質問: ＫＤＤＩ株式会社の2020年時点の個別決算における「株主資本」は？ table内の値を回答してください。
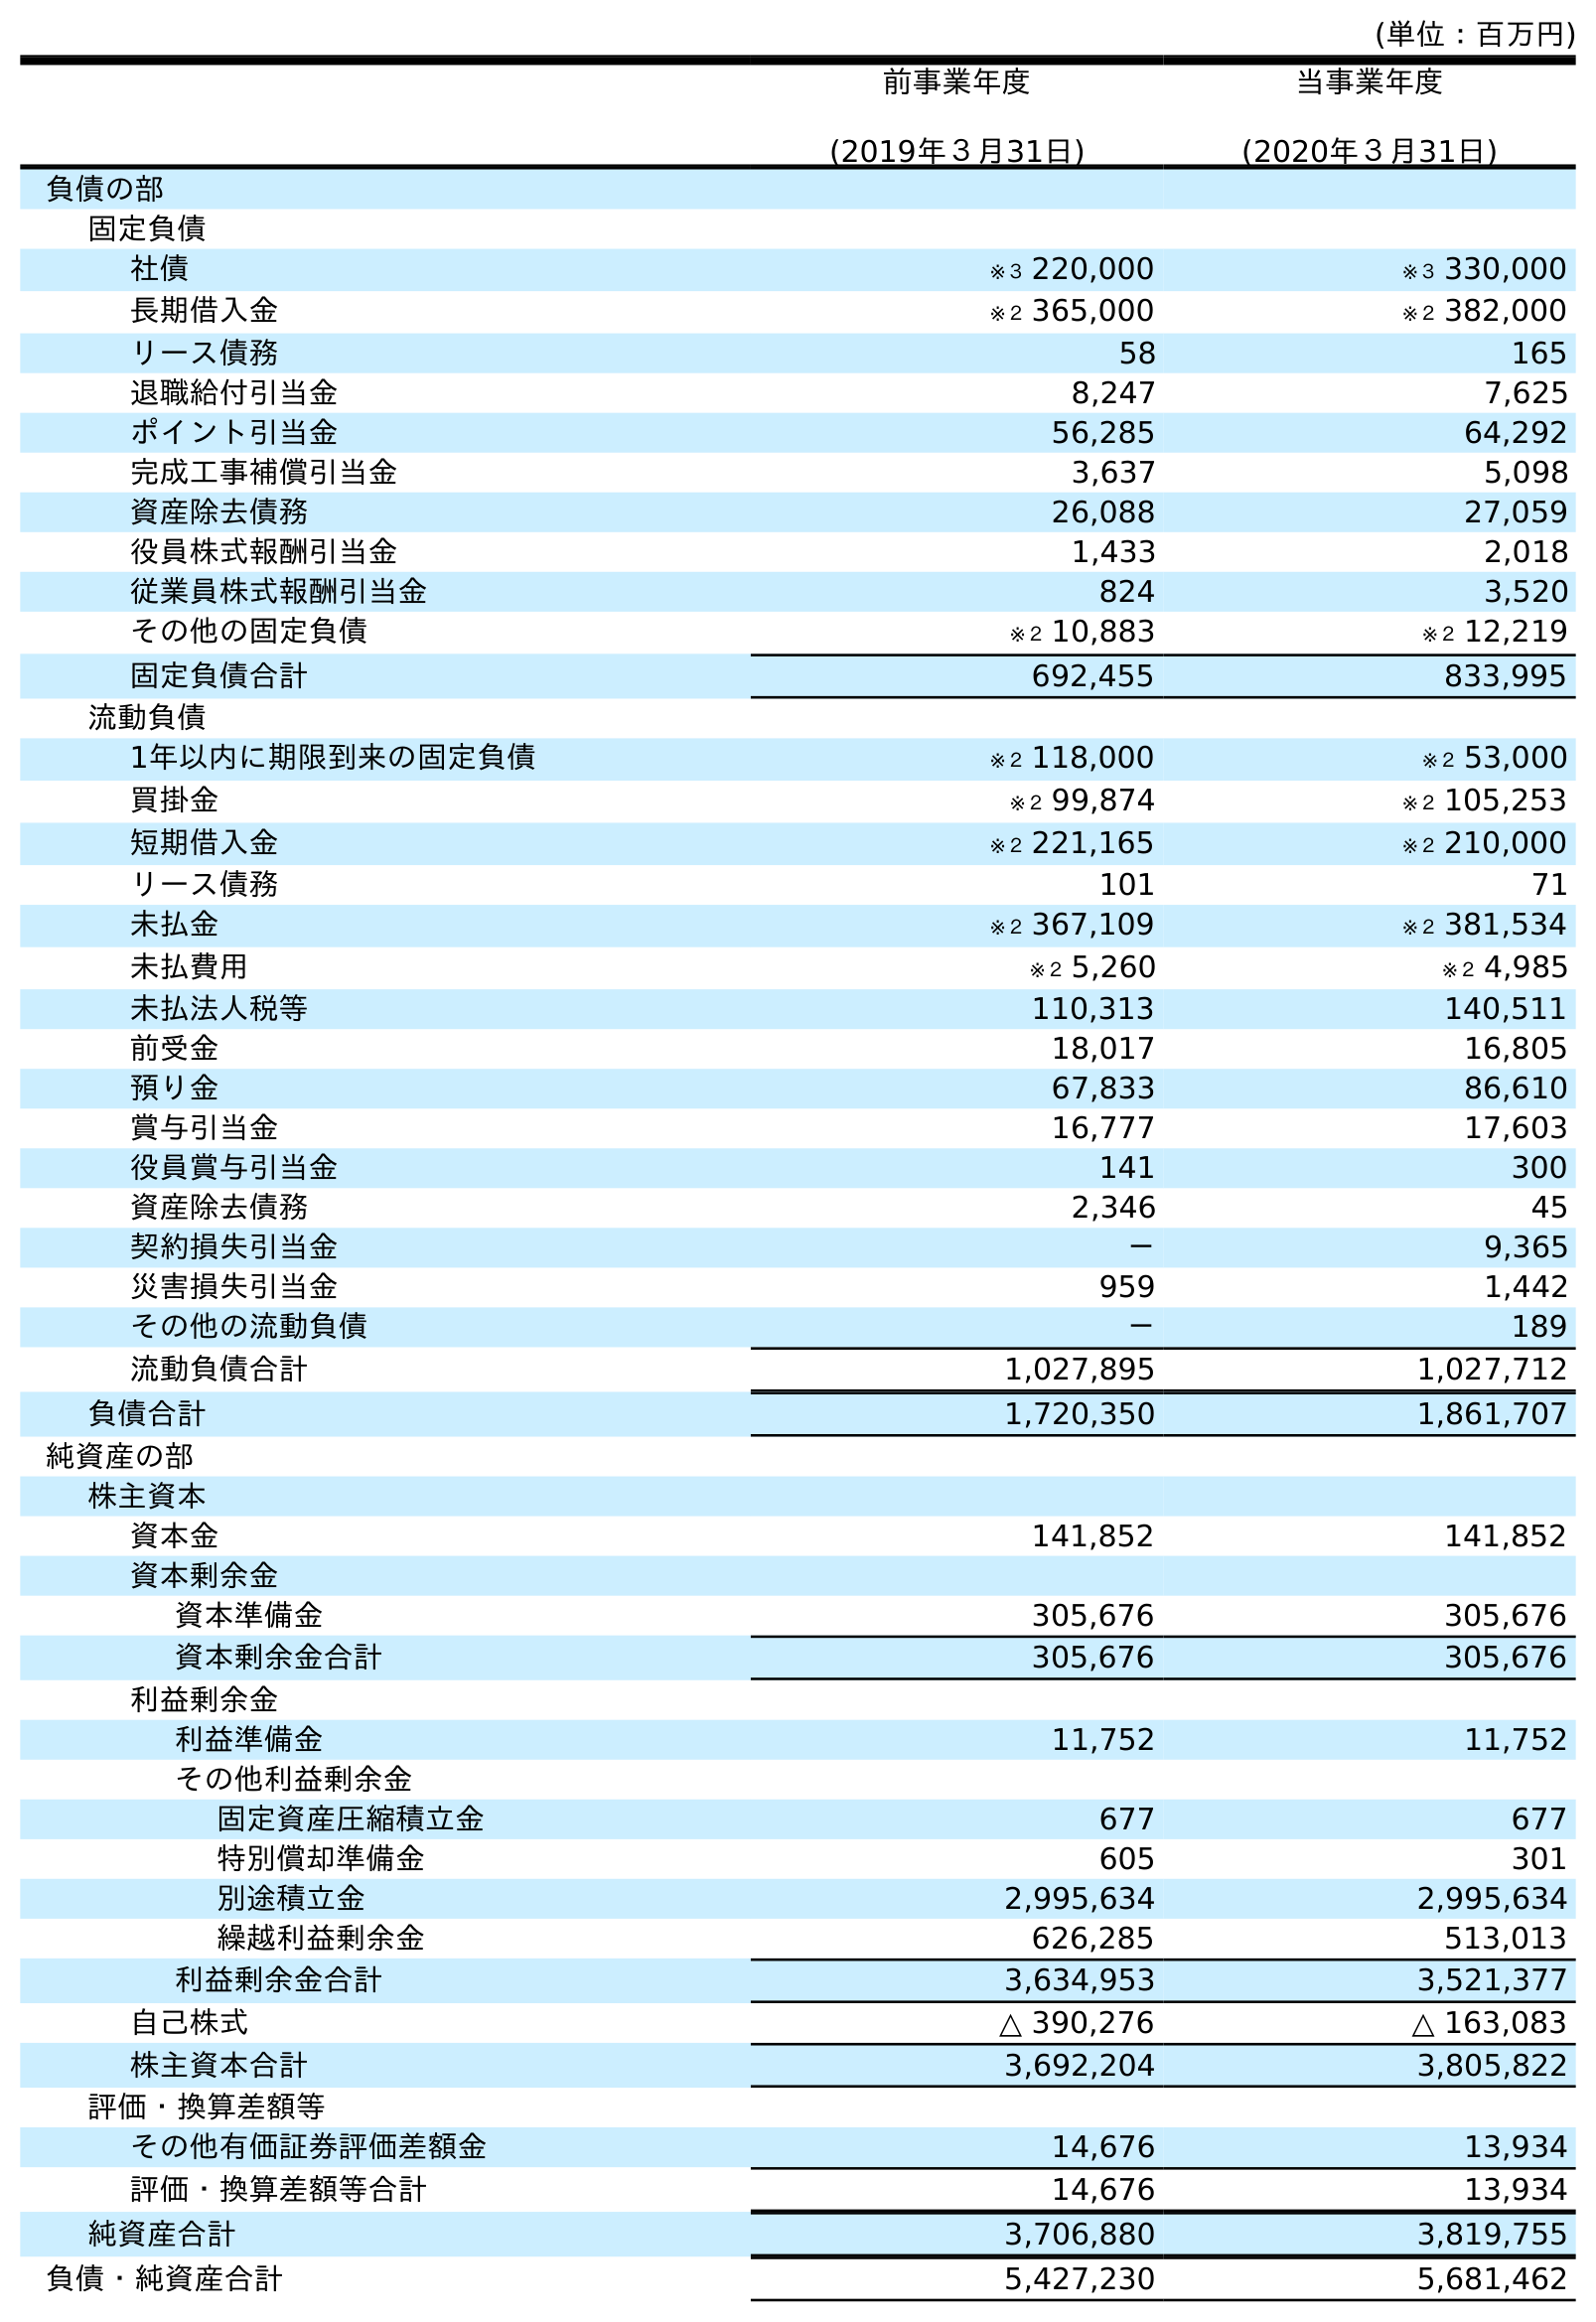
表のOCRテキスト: (単位：百万円) 前事業年度 (2019年３月31日) 当事業年度 (2020年３月31日) 負債の部 固定負債 社債 ※３ 220,000 ※３ 330,000 長期借入金 ※２ 365,000 ※２ 382,000 リース債務 58 165 退職給付引当金 8,247 7,625 ポイント引当金 56,285 64,292 完成工事補償引当金 3,637 5,098 資産除去債務 26,088 27,059 役員株式報酬引当金 1,433 2,018 従業員株式報酬引当金 824 3,520 その他の固定負債 ※２ 10,883 ※２ 12,219 固定負債合計 692,455 833,995 流動負債 1年以内に期限到来の固定負債 ※２ 118,000 ※２ 53,000 買掛金 ※２ 99,874 ※２ 105,253 短期借入金 ※２ 221,165 ※２ 210,000 リース債務 101 71 未払金 ※２ 367,109 ※２ 381,534 未払費用 ※２ 5,260 ※２ 4,985 未払法人税等 110,313 140,511 前受金 18,017 16,805 預り金 67,833 86,610 賞与引当金 16,777 17,603 役員賞与引当金 141 300 資産除去債務 2,346 45 契約損失引当金 － 9,365 災害損失引当金 959 1,442 その他の流動負債 － 189 流動負債合計 1,027,895 1,027,712 負債合計 1,720,350 1,861,707 純資産の部 株主資本 資本金 141,852 141,852 資本剰余金 資本準備金 305,676 305,676 資本剰余金合計 305,676 305,676 利益剰余金 利益準備金 11,752 11,752 その他利益剰余金 固定資産圧縮積立金 677 677 特別償却準備金 605 301 別途積立金 2,995,634 2,995,634 繰越利益剰余金 626,285 513,013 利益剰余金合計 3,634,953 3,521,377 自己株式 △ 390,276 △ 163,083 株主資本合計 3,692,204 3,805,822 評価・換算差額等 その他有価証券評価差額金 14,676 13,934 評価・換算差額等合計 14,676 13,934 純資産合計 3,706,880 3,819,755 負債・純資産合計 5,427,230 5,681,462
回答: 3,805,822